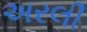
અરલી